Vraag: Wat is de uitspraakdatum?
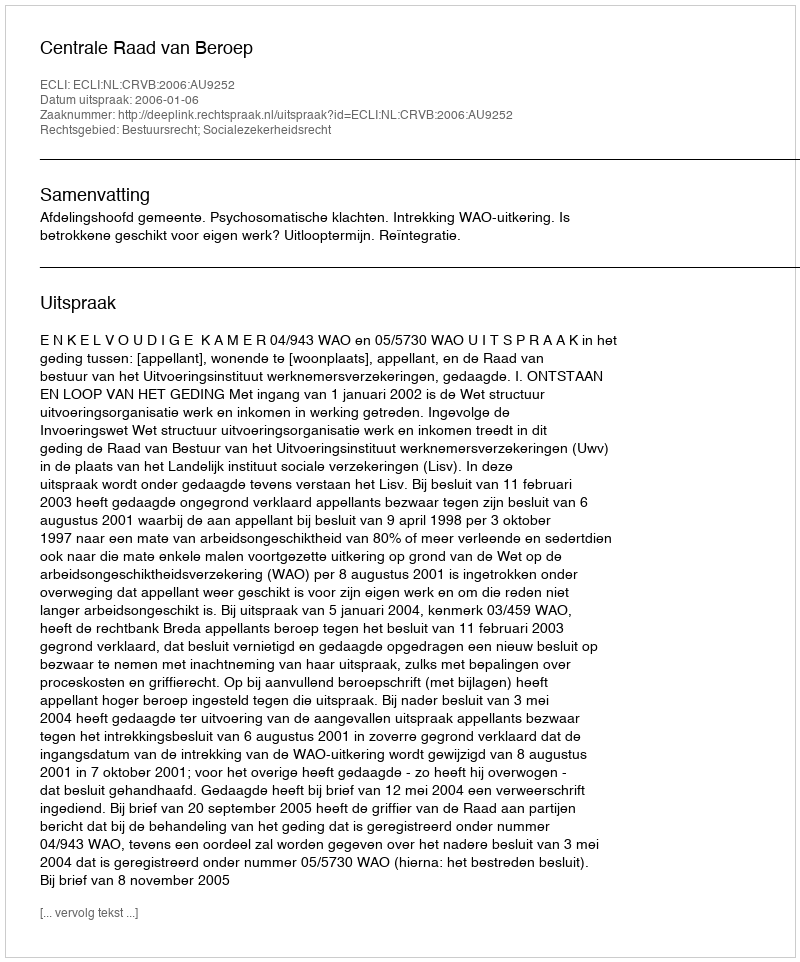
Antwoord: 2006-01-06